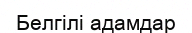
Белгілі адамдар